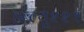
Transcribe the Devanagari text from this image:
डब्ल्यु२२१